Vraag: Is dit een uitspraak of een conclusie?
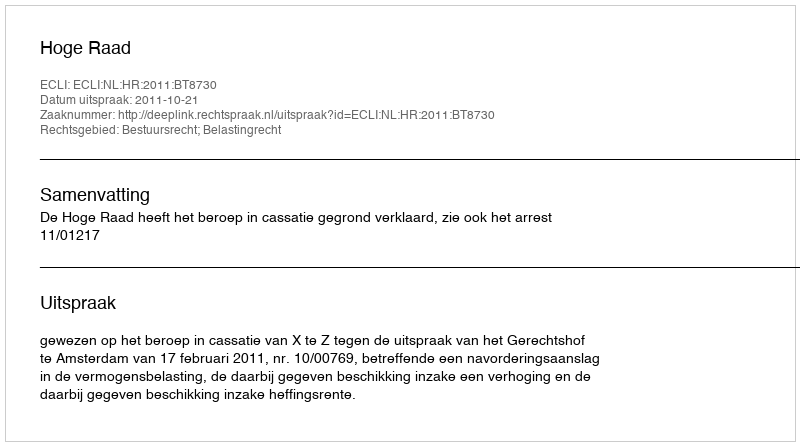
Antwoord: Uitspraak